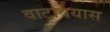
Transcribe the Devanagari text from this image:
वाटावयास